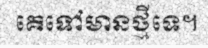
គេទៅមានថ្មីទេ។